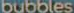
bubbles